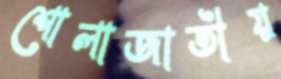
শোলাজাতীয়